38_143685_box7_Incident_Summaries_1-100
Agency: Department of War
Page 28
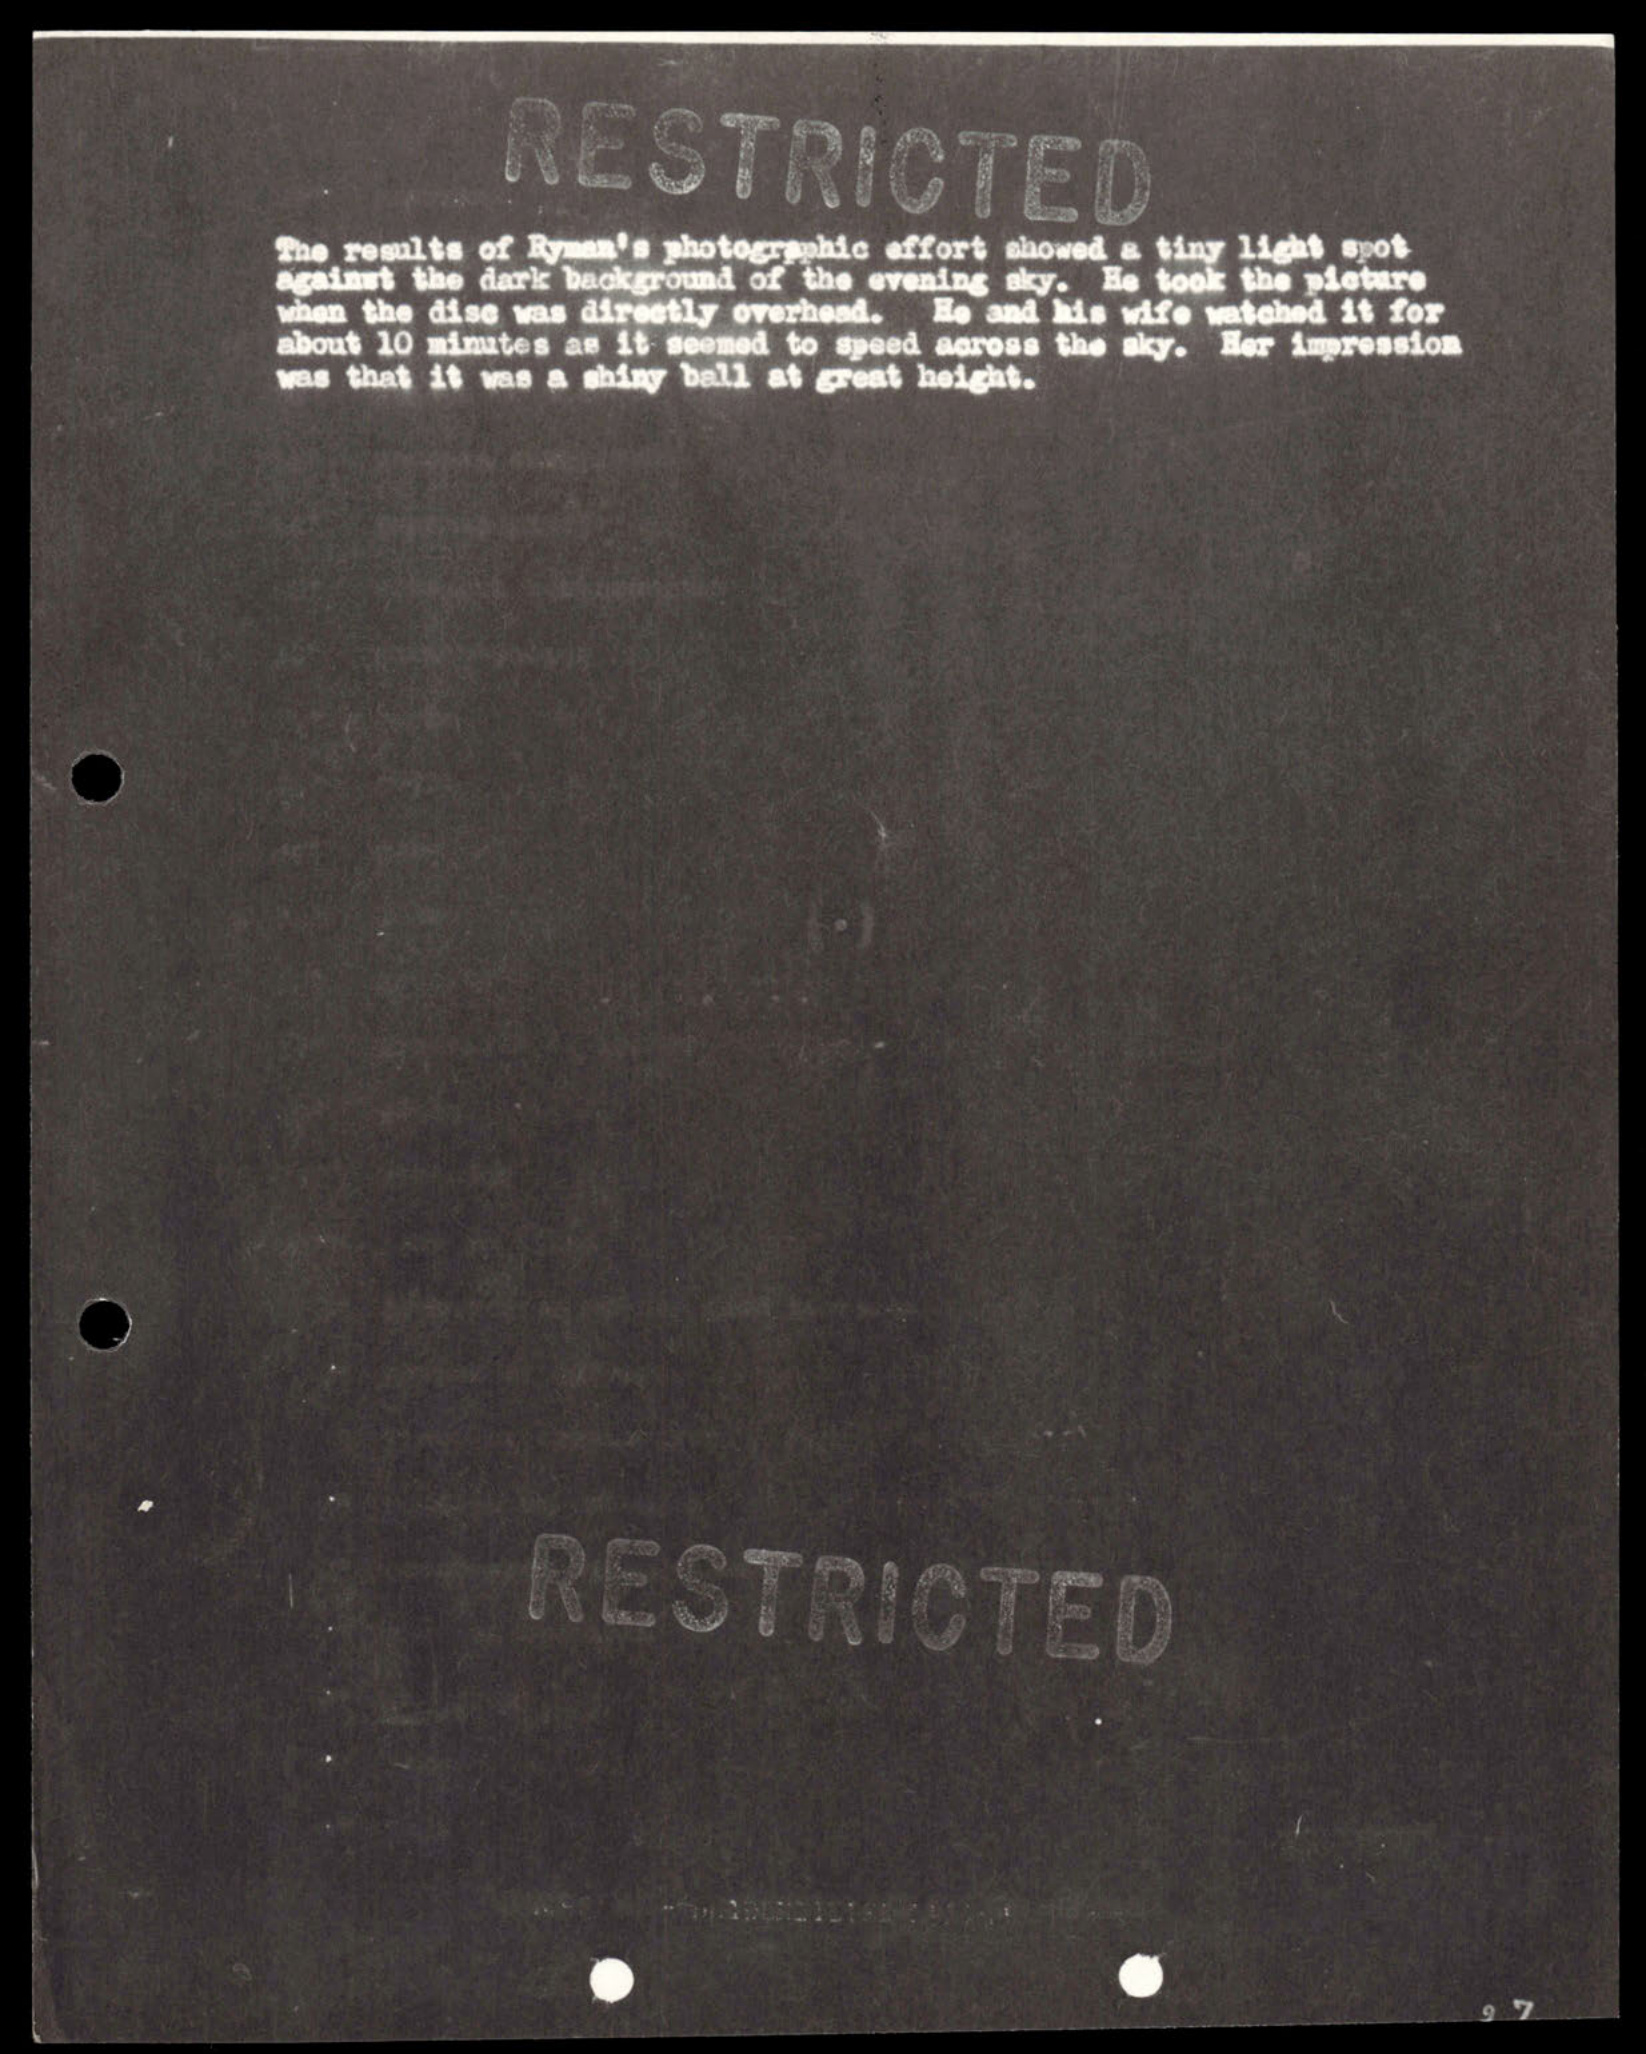